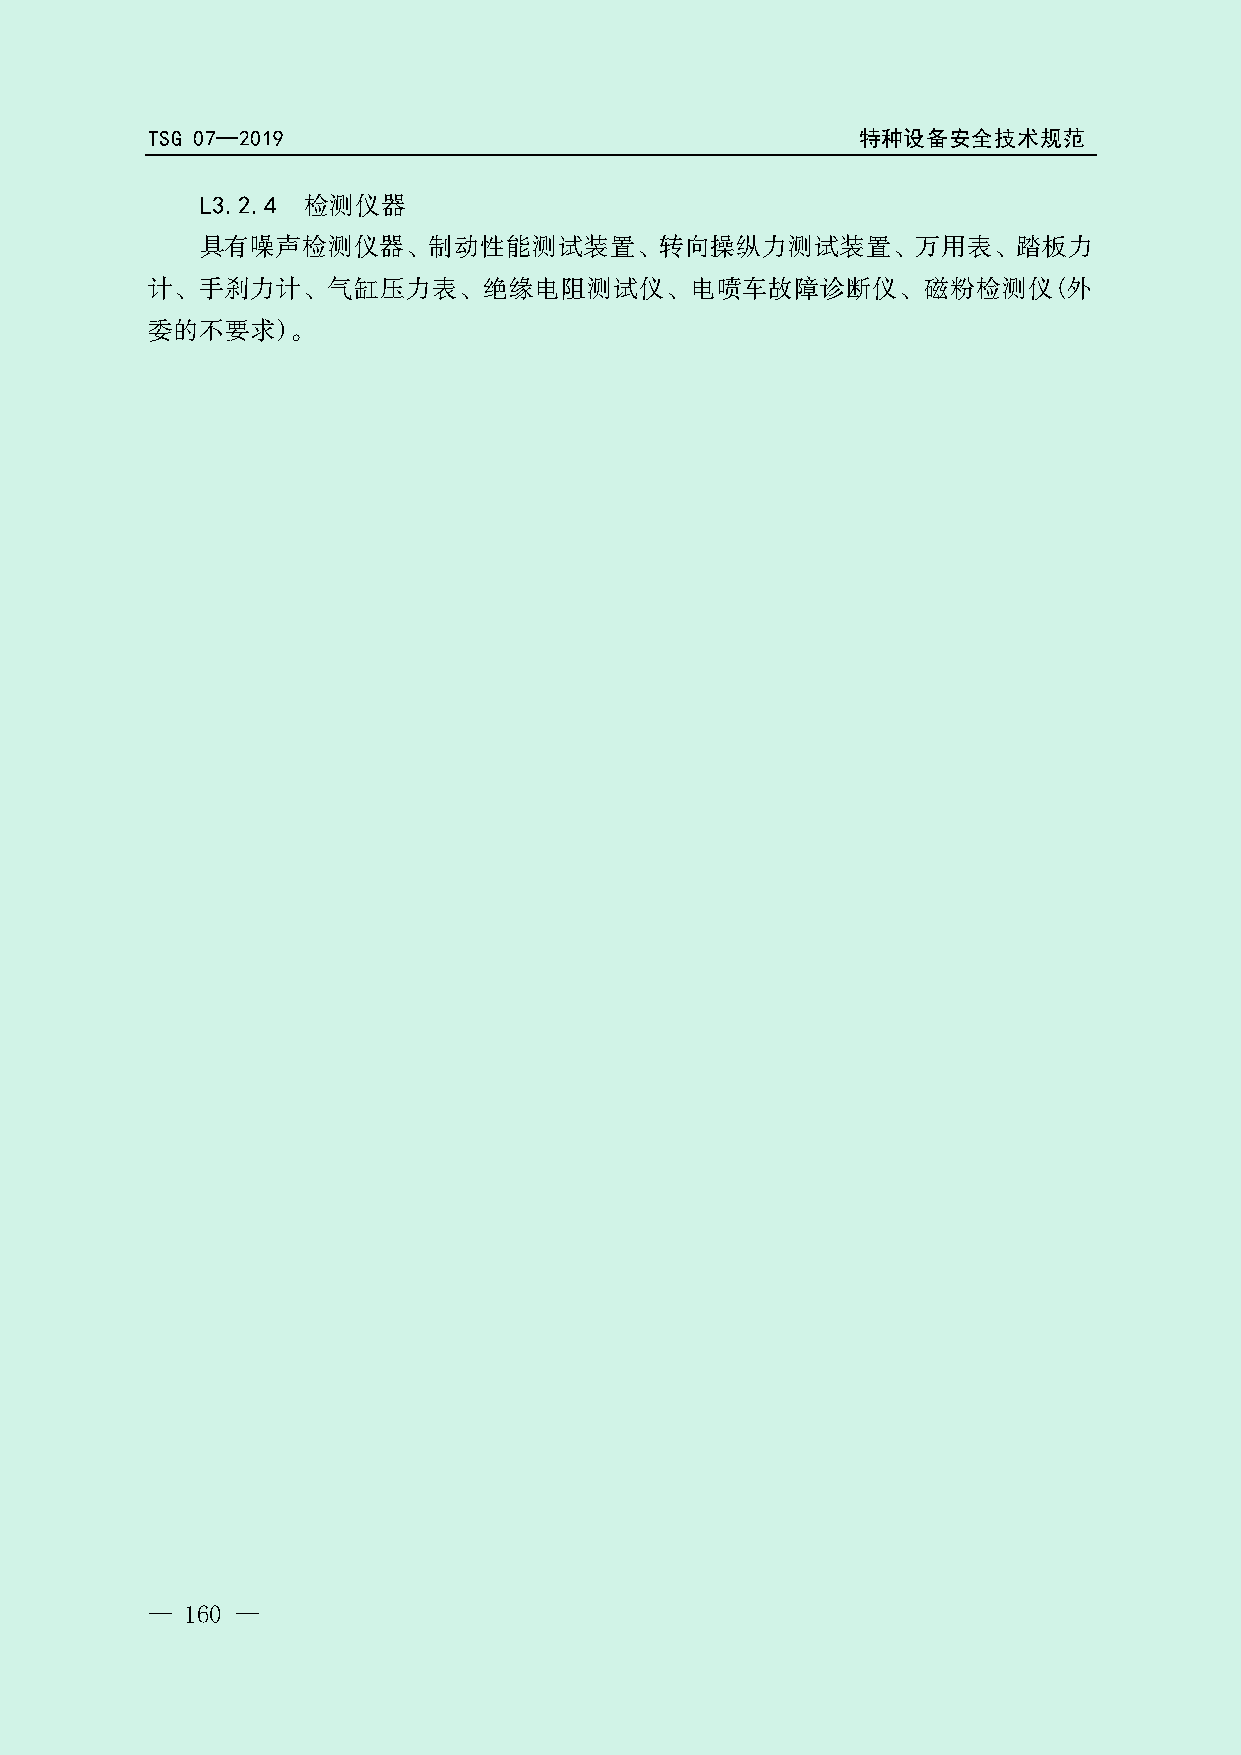
TSG 07—2019                                    特种设备安全技术规范
 L3.2.4 检测仪器
 具有噪声检测仪器、制动性能测试装置、转向操纵力测试装置、万用表、踏板力
 计、手刹力计、气缸压力表、绝缘电阻测试仪、电喷车故障诊断仪、磁粉检测仪(外
 委的不要求)。
 局
 总
 理
 管
 督
 监
 场
 市
 家
 国
 — 160 —